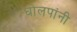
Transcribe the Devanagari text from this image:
घोलपांनी